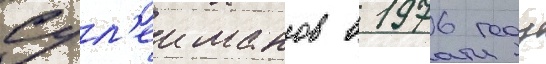
Сул'еиманов в 1976 году